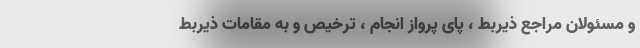
و مسئولان مراجع ذیربط ، پای پرواز انجام ، ترخیص و به مقامات ذیربط